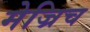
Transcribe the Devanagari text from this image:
मेज्रिच